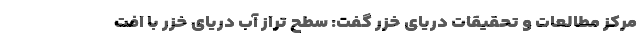
مرکز مطالعات و تحقیقات دریای خزر گفت: سطح تراز آب دریای خزر با افت